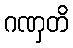
ဂဏှတိ